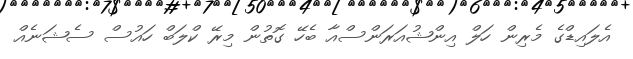
އެލައިޑްގެ މެރިން ހަލް އިންޝުއަރަންސްއާ ބެހޭ ގޮތުން މިރޭ ކްލަބް ހައުސް ސެޝަނެއް